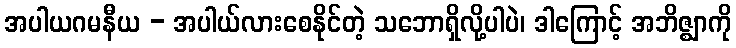
အပါယဂမနီယ - အပါယ်လားစေနိုင်တဲ့ သဘောရှိလို့ပါပဲ၊ ဒါကြောင့် အဘိဇ္ဈာကို